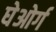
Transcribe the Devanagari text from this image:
घेओर्ग